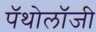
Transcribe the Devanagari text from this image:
पॅथोलॉजी